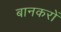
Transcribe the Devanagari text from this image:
बानकरों